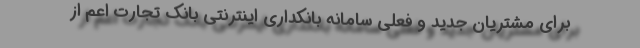
برای مشتریان جدید و فعلی سامانه بانکداری اینترنتی بانک تجارت اعم از